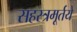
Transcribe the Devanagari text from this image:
सहस्त्रमूर्तये